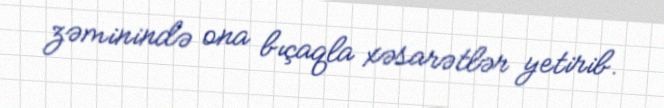
zəminində ona bıçaqla xəsarətlər yetirib.